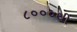
૮૦૦૦થી